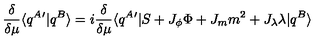
\frac { \delta } { \delta \mu } \langle q ^ { A } ^ { \prime } | q ^ { B } \rangle = i \frac { \delta } { \delta \mu } \langle q ^ { A } ^ { \prime } | S + J _ { \phi } \Phi + J _ { m } m ^ { 2 } + J _ { \lambda } \lambda | q ^ { B } \rangle